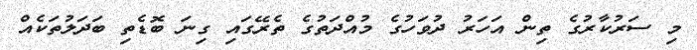
މި ސަރުކާރުގެ ތިން އަހަރު ދުވަހުގެ މުއްދަތުގެ ތެރޭގައި ގިނަ ބޮޑެތި ބަދަލުތަކެއް